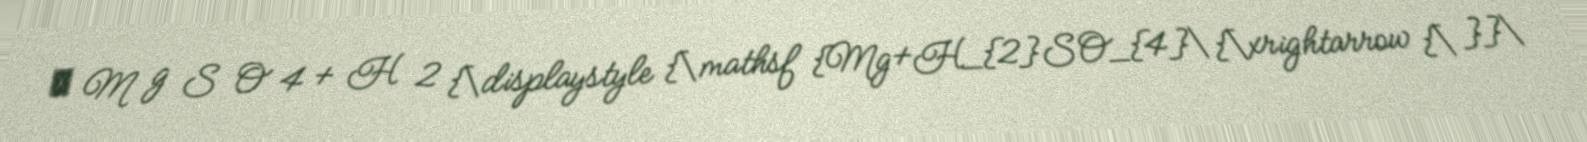
→ M g S O 4 + H 2 {\displaystyle {\mathsf {Mg+H_{2}SO_{4}\ {\xrightarrow {\ }}\